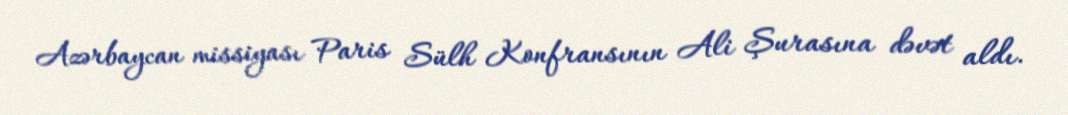
Azərbaycan missiyası Paris Sülh Konfransının Ali Şurasına dəvət aldı.